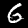
Label: 6